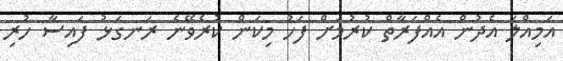
އަމިއްލަ އެދުން އެއްފަރާތް ކުރުމަށް ފަހު މިކަން ކުރެވޭނެ ރަނގަޅު ފައިސާ ހުރި